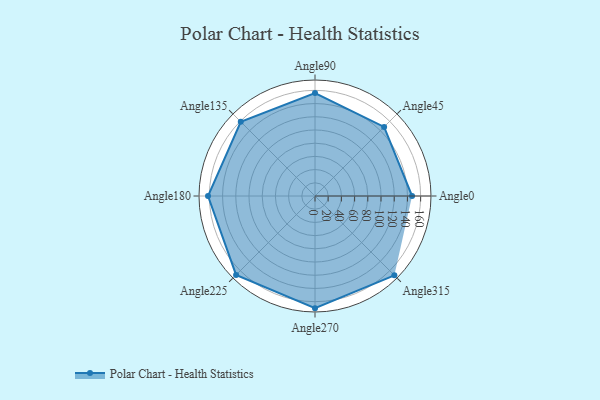
{"axis": {"x": "Angle", "y": "Radius"}, "legend": [""], "data": [{"x": "Angle0", "y": 147.0, "type": ""}, {"x": "Angle45", "y": 148.0, "type": ""}, {"x": "Angle90", "y": 156.0, "type": ""}, {"x": "Angle135", "y": 159.0, "type": ""}, {"x": "Angle180", "y": 162.0, "type": ""}, {"x": "Angle225", "y": 169.0, "type": ""}, {"x": "Angle270", "y": 170, "type": ""}, {"x": "Angle315", "y": 170, "type": ""}]}